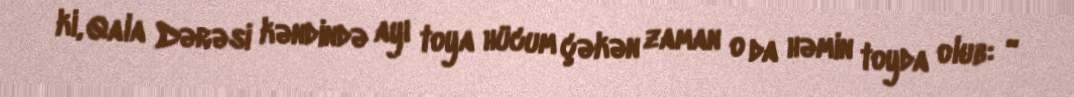
ki, Qala Dərəsi kəndində ayı toya hücum çəkən zaman o da həmin toyda olub: “